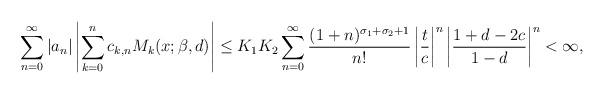
LaTeX: \begin{align*}\sum_{n=0}^\infty |a_n|\left|\sum_{k=0}^n c_{k,n} M_k(x;\beta,d)\right|\le K_1K_2 \sum_{n=0}^\infty \frac{(1+n)^{\sigma_1+\sigma_2+1}}{n!} \left|\frac{t}{c}\right|^n\left|\frac{1+d-2c}{1-d}\right|^n<\infty,\end{align*}